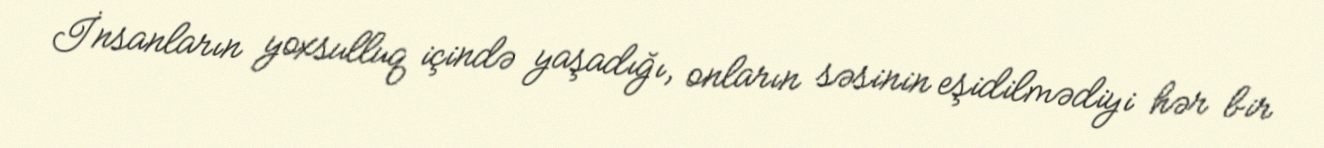
İnsanların yoxsulluq içində yaşadığı, onların səsinin eşidilmədiyi hər bir